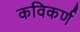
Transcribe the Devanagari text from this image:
कविकर्ण